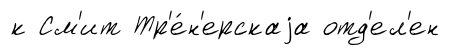
к См'ит Тр'е́н'ерскаjа отд'ел'ен